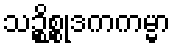
သဉ္စိစ္စုဒကကမ္မာ